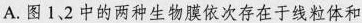
A.图12中的两种生物膜依次存在于线粒体和